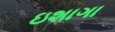
ઇશાગા